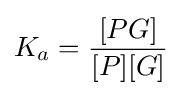
K_{a}={\frac {[PG]}{[P][G]}}